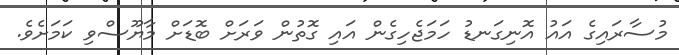
މުސާރައިގެ އައު އޮނިގަނޑު ހަމަޖެހިގެން އައި ގޮތުން ވަރަށް ބޮޑަށް މާޔޫސްވި ކަމަށެވެ.